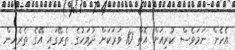
އެހެން ނަމަވެސް ކުރިއަށް އޮތް 10 ވަރަކަށް ދުވަހުގެ ތެރޭގައި އޭގެ ތެރެއިން